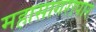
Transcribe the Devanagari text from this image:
महासागरापार